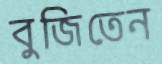
বুজিতেন